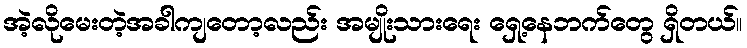
အဲ့လိုမေးတဲ့အခါကျတော့လည်း အမျိုးသားရေး ရှေ့နေဘက်တွေ ရှိတယ်။